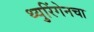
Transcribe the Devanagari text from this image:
थ्युरिंगेनचा